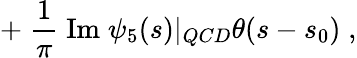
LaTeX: +\; \frac{1}{\pi}\; \mathrm{Im}\; \psi_{5}(s)|_{QCD}\theta(s-s_{0})\; ,